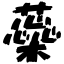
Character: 蘂